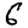
Digit: 6